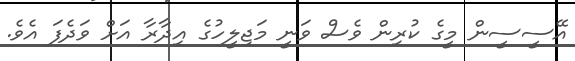
އޭސީސީން މީގެ ކުރިން ވެސް ވަނީ މަޖިލީހުގެ އިދާރާ އަށް ވަދެފަ އެވެ.